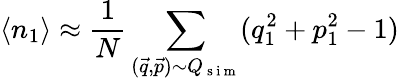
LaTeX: \langle n_{1}\rangle\approx\frac{1}{N}\sum_{(\vec{q},\vec{p}){\sim}Q_{\mathrm{~s~i~m~}}}(q_{1}^{2}+p_{1}^{2}-1)